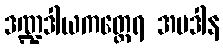
ဒဏ္ဍဒါယကတ္ထေရ အပဒါန